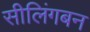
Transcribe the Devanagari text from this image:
सीलिंगबन